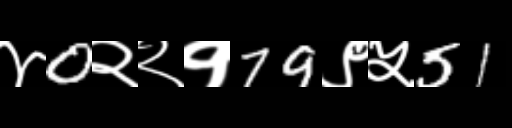
Text: ४0२२१79९५51